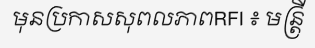
មុនប្រកាសសុពលភាពRFI ៖ មន្ត្រី